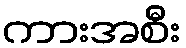
ကားအစီး